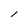
Character: l